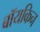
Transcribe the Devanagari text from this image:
बॉयकिन